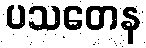
ပသတေန